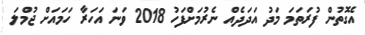
އެގޮތުން ފުރަތަމަ މަދު އަދަދެއް ނެރުމަށްފަހު 2018 ވަނަ އަހަރާ ހަމައަށް ޖުމްލަ